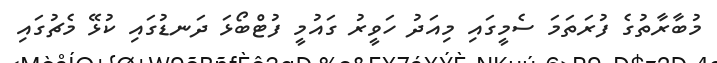
މުބާރާތުގެ ފުރަތަމަ ސެމީގައި މިއަދު ހަވީރު ގައުމީ ފުޓްބޯޅަ ދަނޑުގައި ކުޅޭ މެޗުގައި